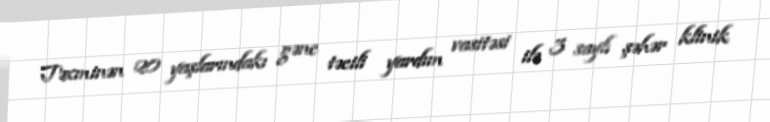
Təxminən 20 yaşlarındakı gənc təcili yardım vasitəsi ilə 3 saylı şəhər klinik